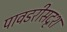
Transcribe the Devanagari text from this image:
पावडरीसदृश